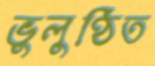
ভুলুণ্ঠিত